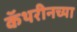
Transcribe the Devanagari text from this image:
कॅथरीनच्या